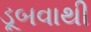
ડૂબવાથી